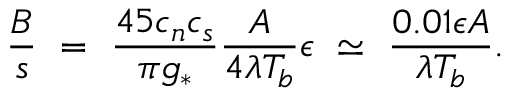
{ \frac { B } { s } } ~ = ~ { \frac { 4 5 c _ { n } c _ { s } } { \pi g _ { * } } } { \frac { A } { 4 \lambda T _ { b } } } \epsilon ~ \simeq ~ { \frac { 0 . 0 1 \epsilon A } { \lambda T _ { b } } } .